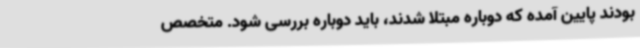
بودند پایین آمده که دوباره مبتلا شدند، باید دوباره بررسی شود. متخصص